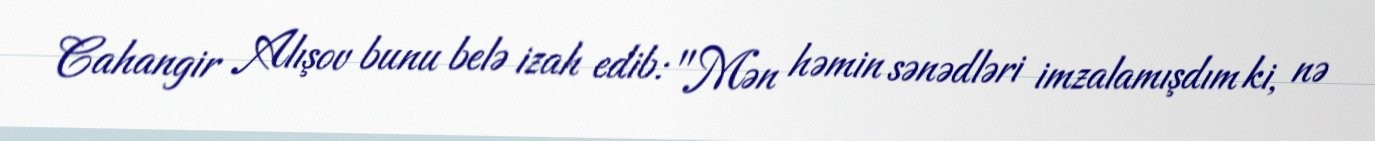
Cahangir Alışov bunu belə izah edib: "Mən həmin sənədləri imzalamışdım ki, nə